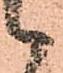
候